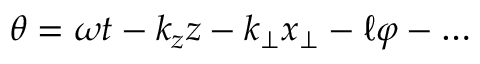
\theta = \omega t - k _ { z } z - k _ { \perp } x _ { \perp } - \ell \varphi - \ldots